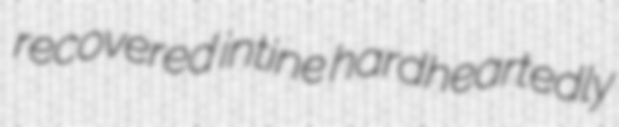
recovered intine hardheartedly